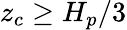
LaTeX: z_{c}\ge H_{p}/3